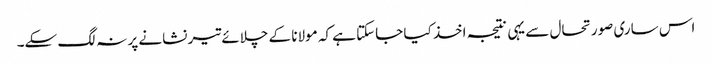
اس ساری صورتحال سے یہی نتیجہ اخذ کیا جاسکتا ہے کہ مولانا کے چلائے تیر نشانے پر نہ لگ سکے۔